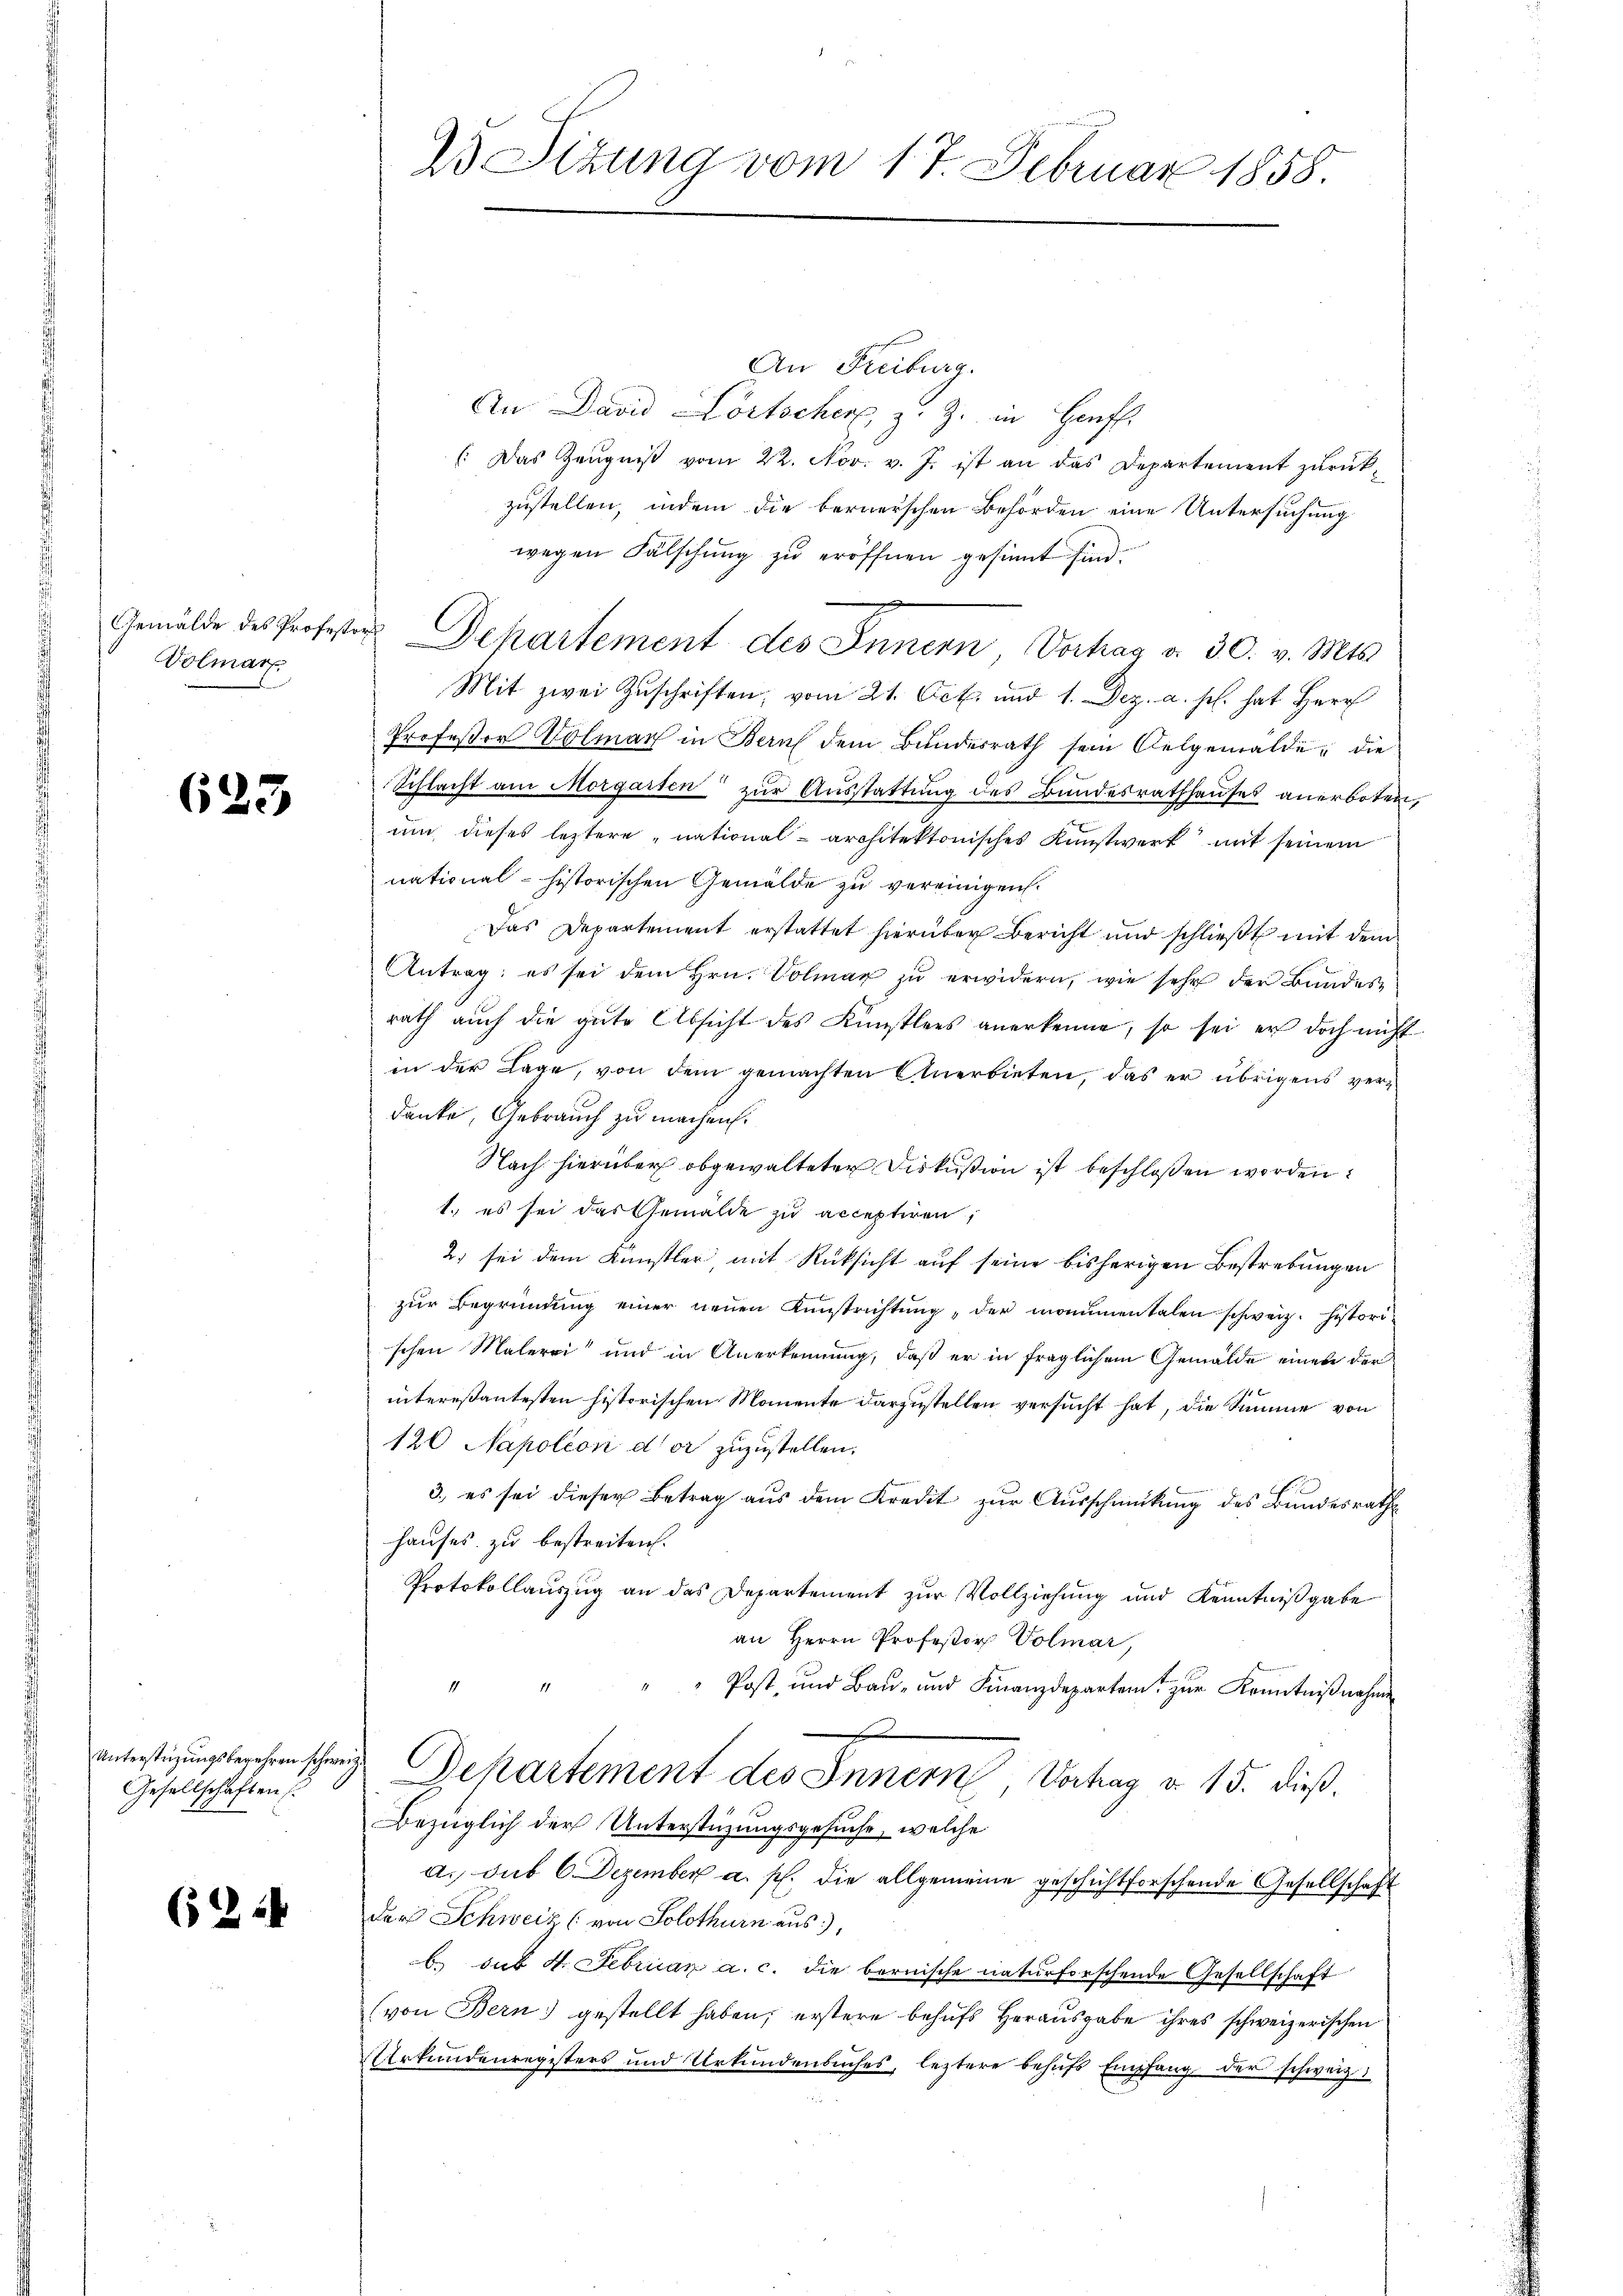
Volmar

623

Unterstüzungsbegehren schweiz
Gesellschaften

(124

An Freiburg.
An David Fortscher z. Z. in Hanff.
(Das Zeugniß vom 22. Nov. v. J. ist an das Departement zurück-
zustellen, indem die bernerschen Behörden eine Untersuchung
wegen Fälschung zu eröffnen gesinnt sind.
Gemälde des Professor Departement des Innern Vorhag v. 30. v. Mts.
Mit zwei Zŭschriften; vom 21. Oct. und 1. Dez. a. s. hat Herr
Professor Volmar in Bern dem Bundesrath sein Oelgemälde, die
Schlacht am Morgassen zur Ausstattung des Bundesrathhauses anerboten,
um dieses leztere „national- architektonisches Kunstwerk mit seinem
national-historischen Gemälde zu vereinigen.
Das Departement erstattet hierüber Bericht und schließt mit dem
Antrag; es sei dem Hrn. Volmar zu erwidern, wie sehr der Bandesrath aŭch die gute Absicht des Künstlers anerkenne, so sei er doch nicht
in der Lage, von dem gemachten Anerbieten, das er übrigens ver-
danke, Gebrauch zu machen.
Nach hierüber obgewalteter Diskußion ist beschloßen worden.
1.) es sei das Gemälde zu acceptiren,
2) sei dem Künstler, mit Rücksicht auf seine bisherigen Bestrebungen
zur Begründung einer neuen Kunstrichtung, der monumentalen schweiz. historischen Malerei und in Anerkennung, daß er in fraglichem Gemälde einen der
intereßantesten historischen Momente darzustellen versucht hat, die Summe von
120 Napoleon der zuzustellen.
3., es sei dieser Betrag aus dem Kredit zur Ausschmückung des Bundesrath
hauses zu bestreiten.
Protokollauszug an das Departement zur Vollziehung und Kenntnißgabe
an Herrn Professor Volmar,
.
Post, und Baŭ- und Finanzdepartamt zŭr Kenntniβnahme
Dehartement des Innern, Vortrag d. 15. dieß.
Bezüglich der Unterstüzungsgesuche, welche
a. sub 6. Dezember a. p. die allgemeine geschichtforschende Gesellschaft
der Schweiz (von Solothurn aus,
b. sub 4. Februar a. c. die bernische naturforschende Gesellschaft
(von Bern gestellt haben; erstere behufs Herausgabe ihres schweizerischen
Erkundenregisters und Urkundenbŭches, leztere behŭfs Empfang der schweiz.

25 Sizung vom 17. Februar 1858.